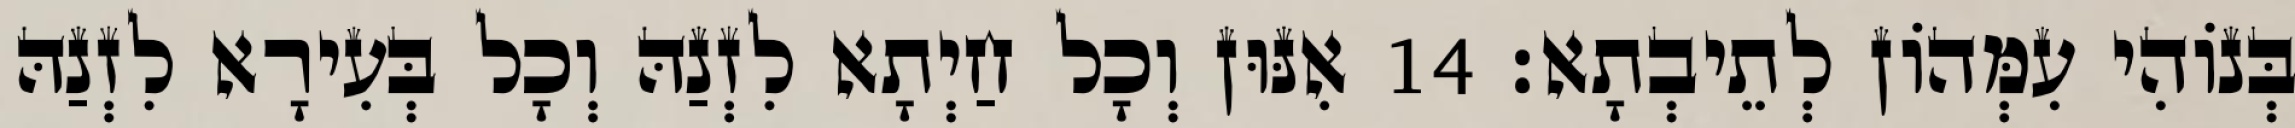
בְּנוֹהִי עִמְּהוֹן לְתֵיבְתָא׃ 14 אִנּוּן וְכָל חַיְתָא לִזְנַהּ וְכָל בְּעִירָא לִזְנַהּ